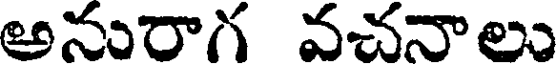
అనురాగ వచనాలు